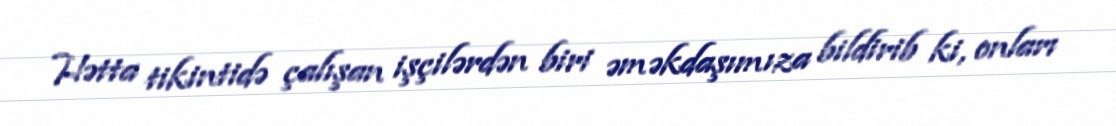
Hətta tikintidə çalışan işçilərdən biri əməkdaşımıza bildirib ki, onları